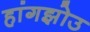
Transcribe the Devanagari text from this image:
हांगझोउ